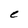
Character: C